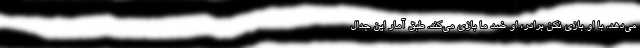
می‌دهد. با او بازی نکن برادر، او ضد ما بازی می‌کند. طبق آمار این جدال